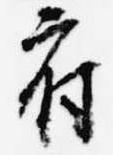
府